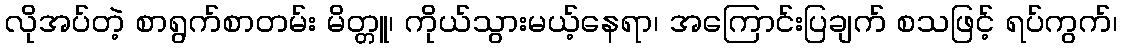
လိုအပ်တဲ့ စာရွက်စာတမ်း မိတ္တူ၊ ကိုယ်သွားမယ့်နေရာ၊ အကြောင်းပြချက် စသဖြင့် ရပ်ကွက်၊